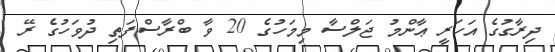
ދިރާގުގެ އަހަރީ ޢާންމު ޖަލްސާ މިމަހުގެ 20 ވާ ބްރާސްފަތި ދުވަހުގެ ރޭ